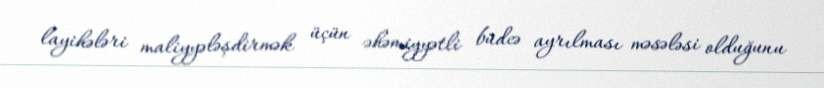
layihələri maliyyələşdirmək üçün əhəmiyyətli büdcə ayrılması məsələsi olduğunu